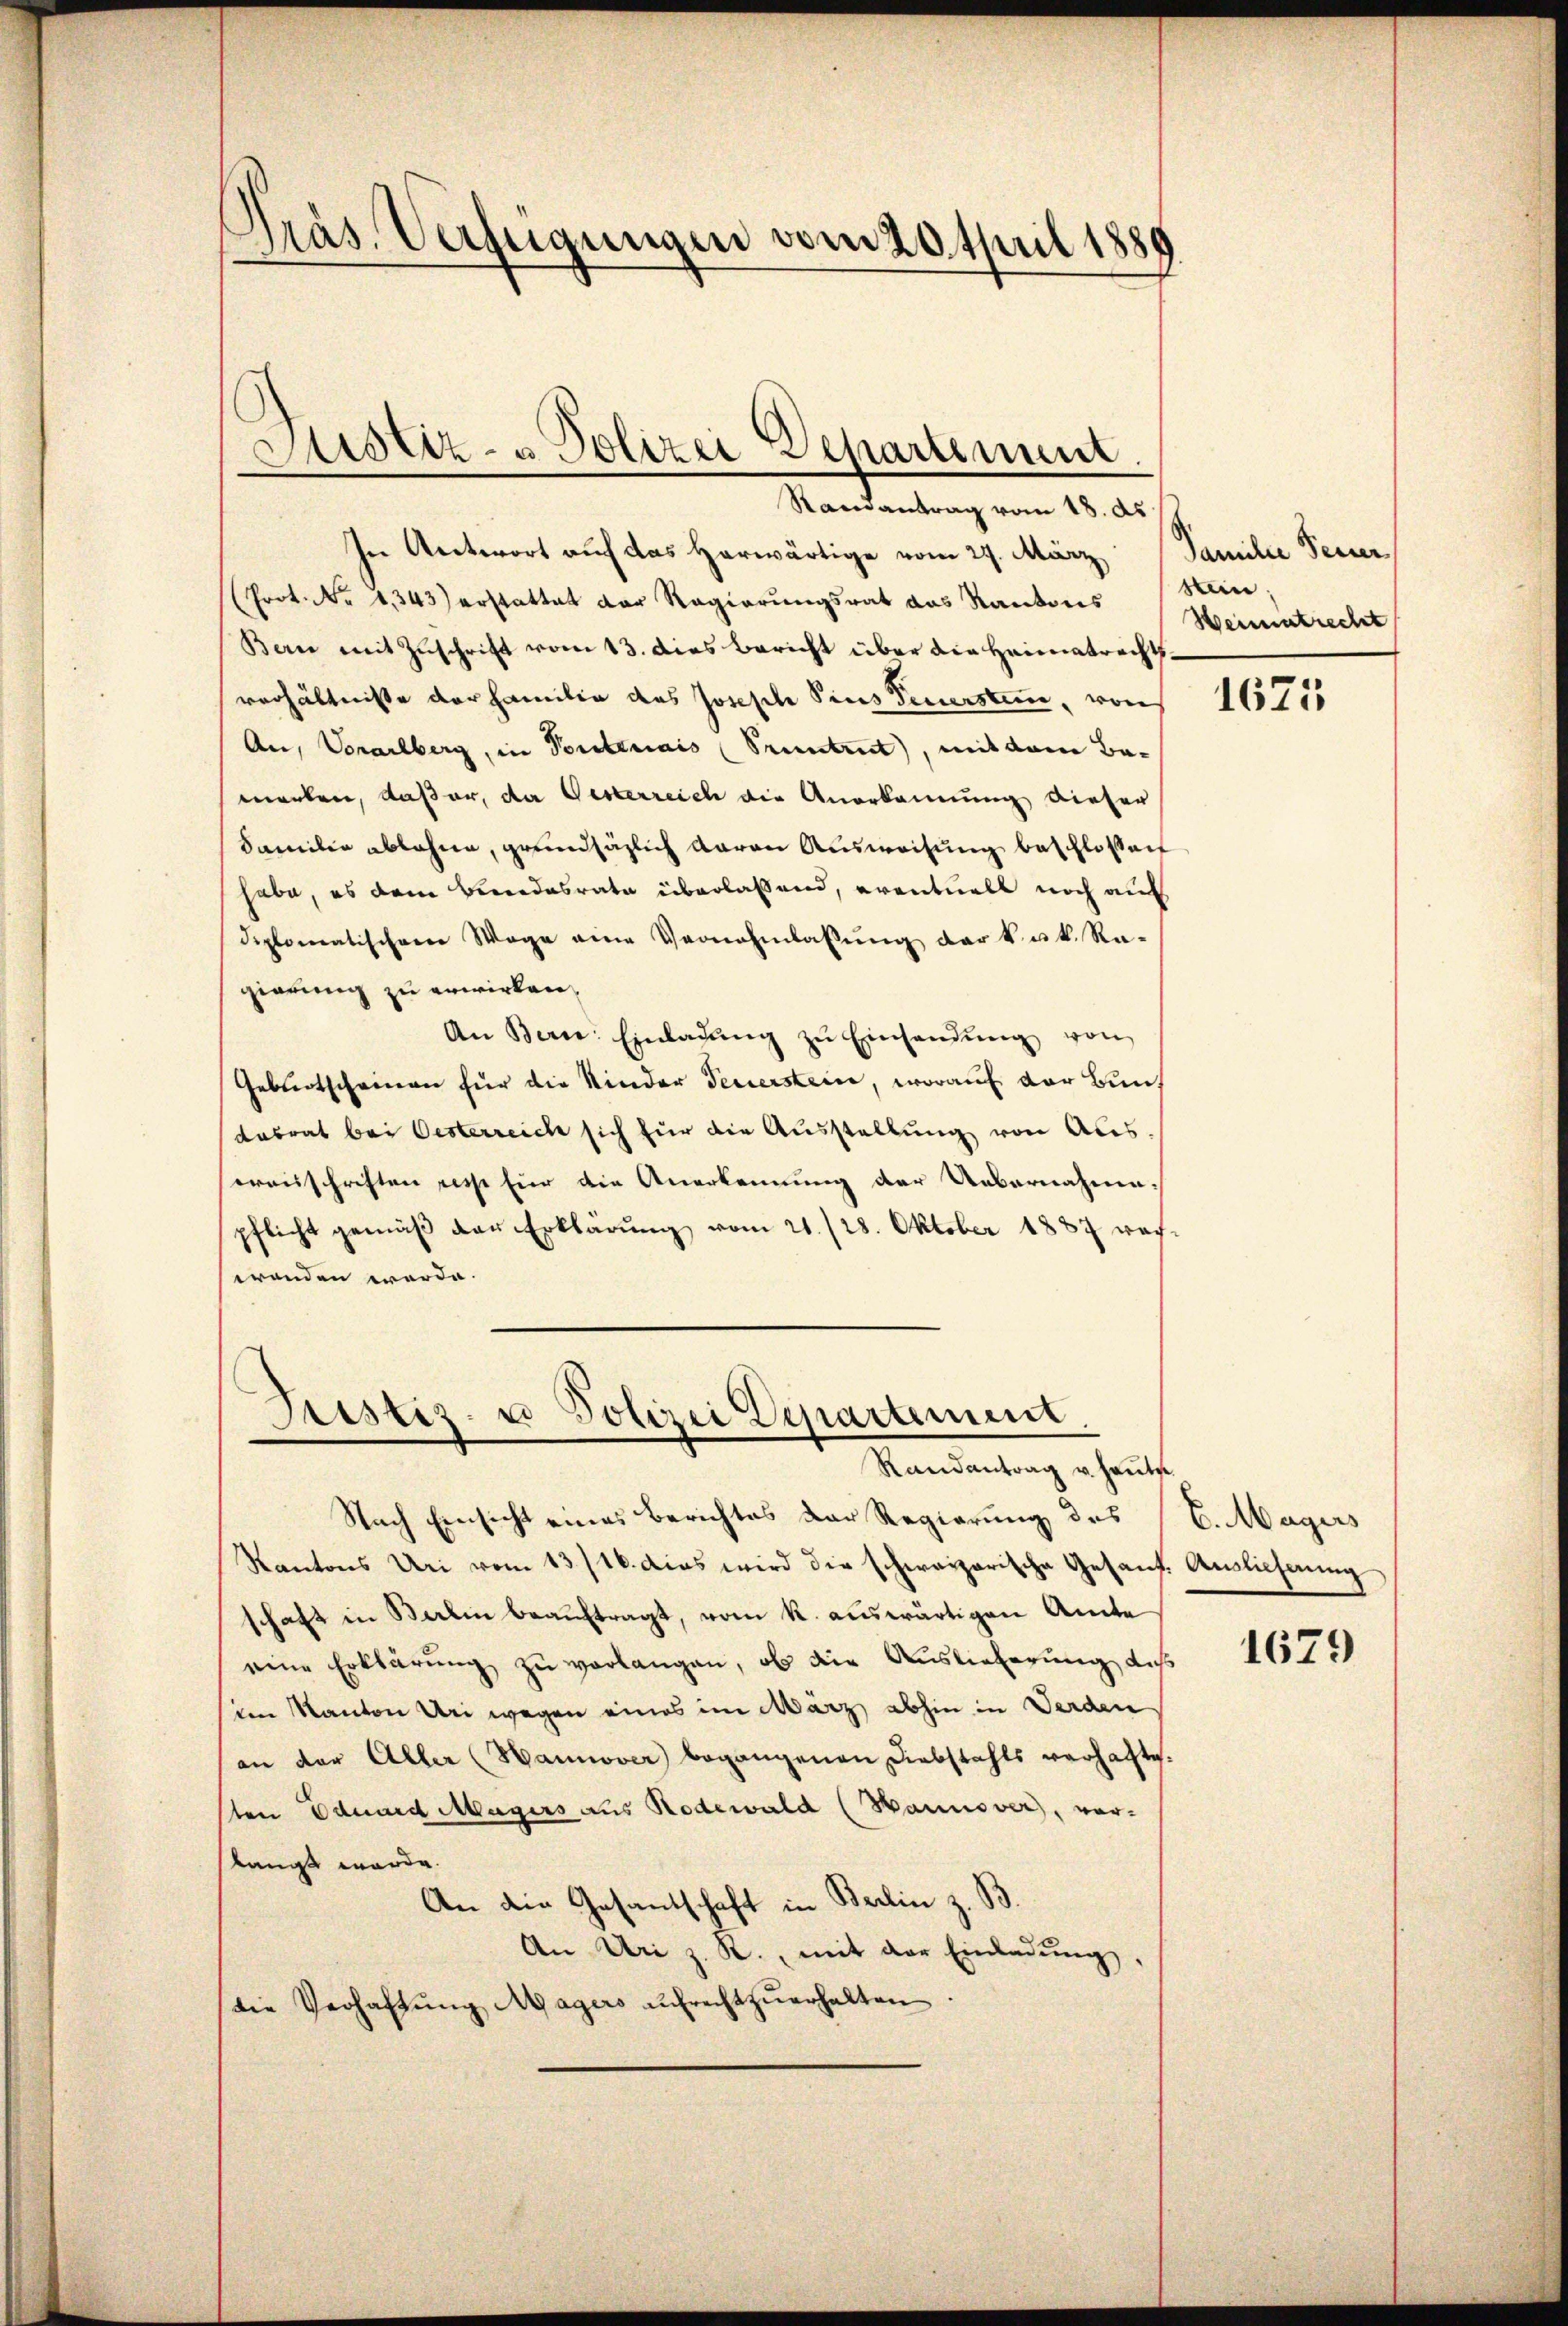
Präs. Verfügungen vom 20. April 1889

Justiz- u Polizei Departement

Randantrag vom 18. ds.
In Antwort auf das herwärtige vom 29. März
(Prot. No 1343) erstattet der Regierungsrat das Kantons
Ban mit Zuschrift vom 13. dies bericht über die Heimatrechtsverhältnisse der Familie des Joseph Pins Feuersten, von
An, Vorarlberg, in Ponteriais (Pruntrut, mit dem Bamarben, Kaser, da Gesterreich die Anerkennung dieser
Familie ablehne, grundsäzlich daran Ausweisung beschloßen
habe, es dem Beendesrate überlassend, eventuell noch auf
diplomatischem Wage eine Vernehmlassŭng der k. k. Ra-
gierung zu erwirken,
An Bern: Einladŭng zŭ Einsandŭng von
Geburtscheinen für die Kinder Feuerstein, worauf der Bundasrat bei Oesterreich sich für die Ausstellung von Ales
erausschriften resse für die Anerkennung der Uebernahmepflicht gemäβ der Erklärŭng vom 21./28. Oktober 1887 wach-
wenden werde.

Justiz- u Polizei Departement.
Randantrag u. heute.

Nach Einsicht eines Berichtes der Regierung des
Kantons Uri vom 13/16. dies wird die schweizerische Gesant Auslichnung
schaft in Balin beauftragt, vom k. auswärtigen Amte
eine Erklärung zu verlangen, ob die Auslieferung des
im Kanton Uri wegen eines im März abhin in Werden
an der Aller (Hannover begangenen Diebstahls verhafte.
sten Eduard Magers aus Rodewald (Hannover, vorslangt werde.
An die Gesantschaft in Berlin z. B.
An Uri z. R., mit der Einladŭng,
die Verhaltŭng Magers aŭfrecht zŭerhalten

Familie Feuer,
sen;
Weimatrecht

1625

6. Magers

1679